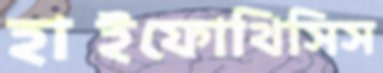
হাইফোথিসিস